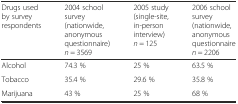
<table><thead><tr><td><b>Drugs used by survey respondents</b></td><td><b>2004 school survey (nationwide, anonymous questionnaire) <i>n</i> = 3569</b></td><td><b>2005 study (single-site, in-person interview) <i>n</i> = 125</b></td><td><b>2006 school survey (nationwide, anonymous questionnaire <i>n</i> = 2206</b></td></tr></thead><tbody><tr><td>Alcohol</td><td>74.3 %</td><td>25 %</td><td>63.5 %</td></tr><tr><td>Tobacco</td><td>35.4 %</td><td>29.6 %</td><td>35.8 %</td></tr><tr><td>Marijuana</td><td>43 %</td><td>25 %</td><td>68 %</td></tr></tbody></table>